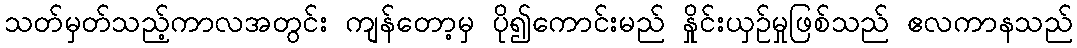
သတ်မှတ်သည့်ကာလအတွင်း ကျန်တော့မှ ပို၍ကောင်းမည် နှိုင်းယှဉ်မှုဖြစ်သည် ဧလကာနသည်